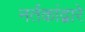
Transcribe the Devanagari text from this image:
नर्तकांद्वारे